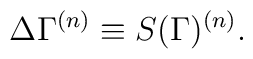
\Delta\Gamma^{(n)}\equiv S(\Gamma)^{(n)}.